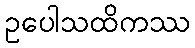
ဥပေါသထိကဿ